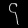
Digit: ၄